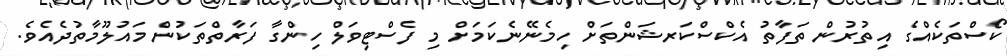
ކޯސްތަކެއްގެ އިތުރުން ތަފާތު އެކްސްކަރޝަންތަށް ހިމެނޭނެކަމަށް މި ފެސްޓިވަލް ހިންގާ ފަރާތްތަކުން މައުލޫމާތުދެއެވެ.